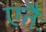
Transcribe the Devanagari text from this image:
एतैः